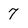
Character: 7